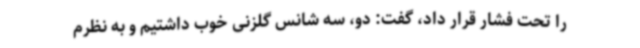
را تحت فشار قرار داد، گفت: دو، سه شانس گلزنی خوب داشتیم و به نظرم